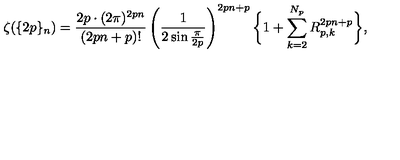
\zeta ( \{ 2 p \} _ { n } ) = \frac { 2 p \cdot ( 2 \pi ) ^ { 2 p n } } { ( 2 p n + p ) ! } \left( \frac { 1 } { 2 \sin \frac { \pi } { 2 p } } \right) ^ { 2 p n + p } \bigg \{ 1 + \sum _ { k = 2 } ^ { N _ { p } } R _ { p , k } ^ { 2 p n + p } \bigg \} ,